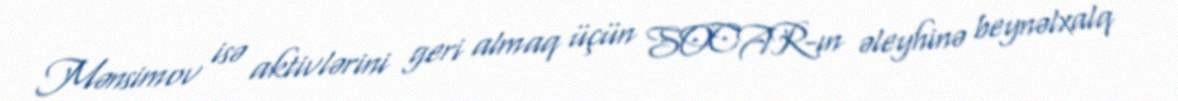
Mənsimov isə aktivlərini geri almaq üçün SOCAR-ın əleyhinə beynəlxalq